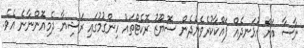
ނާސާ އަށް އުޅަނދެއް ފައްކާކުރެވެންދެން ސޮޔޫޒު ރޮކެޓްތައް ހިންގުމުގައި ރަޝިޔާ ދެމިއޮންނާނެ އެވެ.